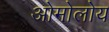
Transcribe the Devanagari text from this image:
ओमोलोय